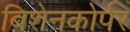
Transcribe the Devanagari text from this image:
विशेनकोर्पर